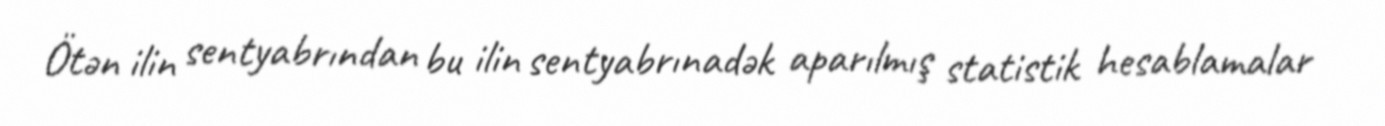
Ötən ilin sentyabrından bu ilin sentyabrınadək aparılmış statistik hesablamalar